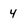
Character: 4